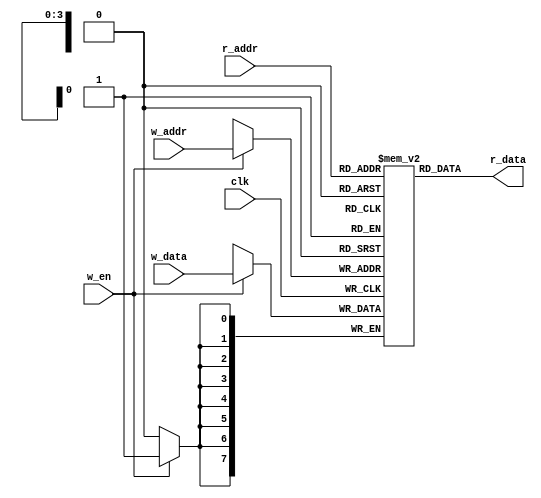
module register_file #( parameter bits = 8 , width = 4 )(
        input wire clk, w_en,
        input wire [width - 1:0] w_addr, r_addr,
        input wire [bits - 1:0] w_data,
        output wire [bits - 1:0] r_data
    );

    reg [bits - 1:0 ] reg_file [0: 2**width - 1];

    always@(posedge clk)begin
        if(w_en)
            reg_file[w_addr] <= w_data;
    end
    assign r_data = reg_file[r_addr];
endmodule